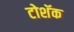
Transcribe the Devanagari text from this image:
टोशॅक